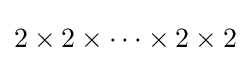
{\textstyle 2\times 2\times \cdots \times 2\times 2}